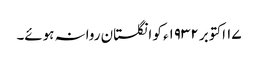
١۷ اکتوبر ١٩٣٢ء کو انگلستان روانہ ہوئے۔